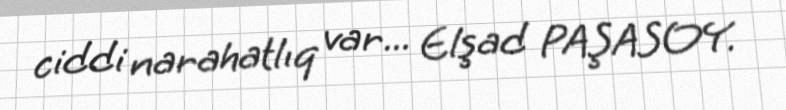
ciddi narahatlıq var... Elşad PAŞASOY.